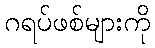
ဂရပ်ဖစ်များကို